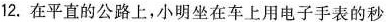
12.在平直的公路上，小明坐在车上用电子手表的秒